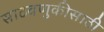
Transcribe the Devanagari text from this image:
साठवणुकीसाठी